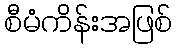
စီမံကိန်းအဖြစ်